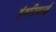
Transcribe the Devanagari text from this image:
हंगरियाई